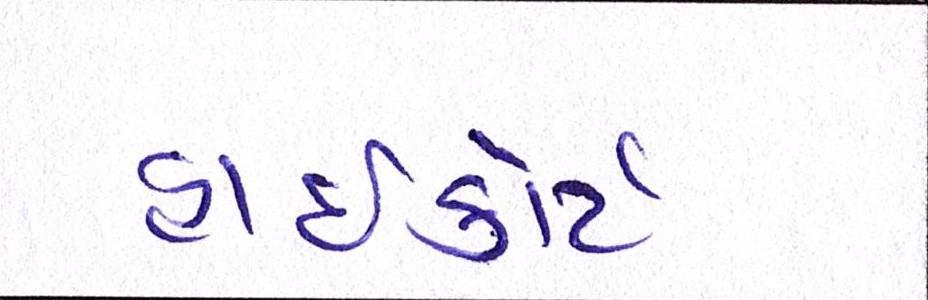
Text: હાઈકોર્ટ